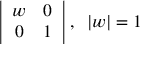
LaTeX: \left| \begin{array} { c c } { { w } } & { { 0 } } \\ { { 0 } } & { { 1 } } \end{array} \right| , \; \; | w | = 1